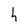
Character: h